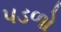
પડળો